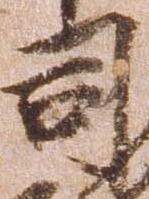
司